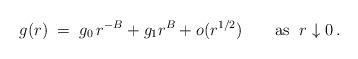
LaTeX: \begin{align*} g(r)\;=\;g_0\, r^{-B}+g_1r^B+o(r^{1/2})\qquad\textrm{as }\;r\downarrow 0\,. \end{align*}